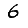
Digit: 6